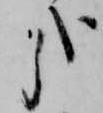
哉